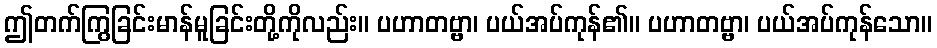
ဤတက်ကြွခြင်းမာန်မူခြင်းတို့ကိုလည်း။ ပဟာတဗ္ဗာ၊ ပယ်အပ်ကုန်၏။ ပဟာတဗ္ဗာ၊ ပယ်အပ်ကုန်သော။